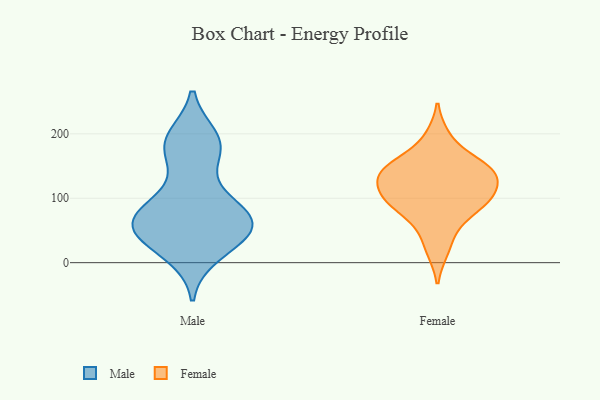
{"axis": {"x": "Energy Usage (MWh)", "y": "Value"}, "legend": ["Female", "Male"], "data": [{"x": "", "y": 14, "type": "Male"}, {"x": "", "y": 181, "type": "Male"}, {"x": "", "y": 63, "type": "Male"}, {"x": "", "y": 49, "type": "Male"}, {"x": "", "y": 66, "type": "Male"}, {"x": "", "y": 51, "type": "Male"}, {"x": "", "y": 55, "type": "Male"}, {"x": "", "y": 187, "type": "Male"}, {"x": "", "y": 89, "type": "Male"}, {"x": "", "y": 83, "type": "Male"}, {"x": "", "y": 63, "type": "Male"}, {"x": "", "y": 105, "type": "Male"}, {"x": "", "y": 20, "type": "Male"}, {"x": "", "y": 62, "type": "Male"}, {"x": "", "y": 168, "type": "Male"}, {"x": "", "y": 43, "type": "Male"}, {"x": "", "y": 184, "type": "Male"}, {"x": "", "y": 193, "type": "Male"}, {"x": "", "y": 154, "type": "Female"}, {"x": "", "y": 145, "type": "Female"}, {"x": "", "y": 54, "type": "Female"}, {"x": "", "y": 102, "type": "Female"}, {"x": "", "y": 195, "type": "Female"}, {"x": "", "y": 149, "type": "Female"}, {"x": "", "y": 89, "type": "Female"}, {"x": "", "y": 132, "type": "Female"}, {"x": "", "y": 95, "type": "Female"}, {"x": "", "y": 110, "type": "Female"}, {"x": "", "y": 128, "type": "Female"}, {"x": "", "y": 88, "type": "Female"}, {"x": "", "y": 143, "type": "Female"}, {"x": "", "y": 20, "type": "Female"}]}